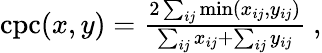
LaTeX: \begin{array}{r}{\mathrm{cpc}(x,y)=\frac{2\sum_{ij}\operatorname*{min}(x_{ij},y_{ij})}{\sum_{ij}x_{ij}+\sum_{ij}y_{ij}}\ ,}\end{array}